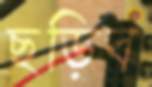
ছড়িব